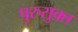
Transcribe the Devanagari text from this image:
पुरुसुक्त